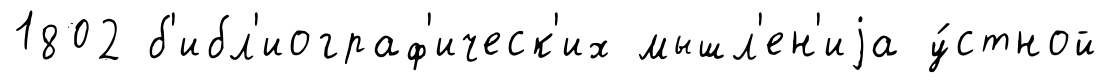
1802 б'ибл'иограф'ическ'их мышл'ен'иjа у́стной